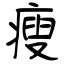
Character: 瘦